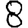
Digit: 8